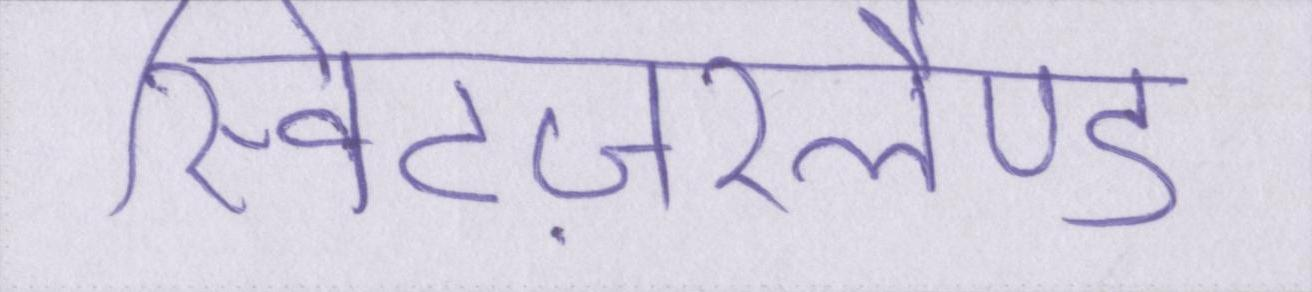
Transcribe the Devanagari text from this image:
स्विटज़रलैण्ड